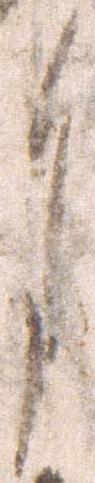
月